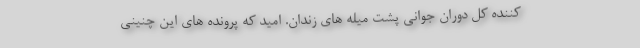
کننده کل دوران جوانی پشت میله های زندان. امید که پرونده های این چنینی